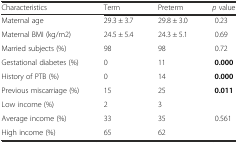
<table><thead><tr><td><b>Characteristics</b></td><td><b>Term</b></td><td><b>Preterm</b></td><td><b><i>p</i> value</b></td></tr></thead><tbody><tr><td>Maternal age</td><td>29.3 ± 3.7</td><td>29.8 ± 3.0</td><td>0.23</td></tr><tr><td>Maternal BMI (kg/m2)</td><td>24.5 ± 5.4</td><td>24.3 ± 5.1</td><td>0.69</td></tr><tr><td>Married subjects (%)</td><td>98</td><td>98</td><td>0.72</td></tr><tr><td>Gestational diabetes (%)</td><td>0</td><td>11</td><td><b>0.000</b></td></tr><tr><td>History of PTB (%)</td><td>0</td><td>14</td><td><b>0.000</b></td></tr><tr><td>Previous miscarriage (%)</td><td>15</td><td>25</td><td><b>0.011</b></td></tr><tr><td>Low income (%)</td><td>2</td><td>3</td><td></td></tr><tr><td>Average income (%)</td><td>33</td><td>35</td><td>0.561</td></tr><tr><td>High income (%)</td><td>65</td><td>62</td><td></td></tr></tbody></table>